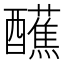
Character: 𫑿